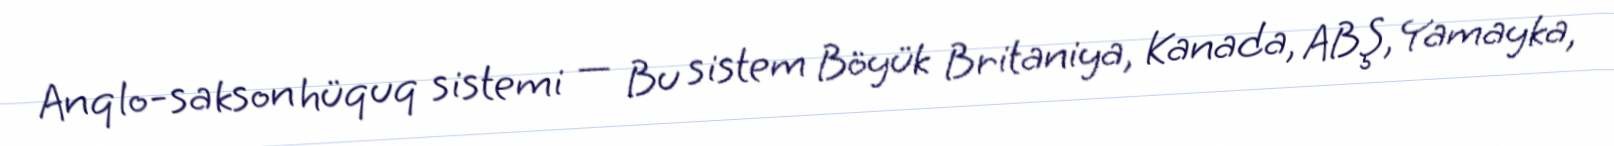
Anqlo-sakson hüquq sistemi — Bu sistem Böyük Britaniya, Kanada, ABŞ, Yamayka,